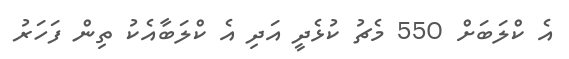
އެ ކްލަބަށް 550 މެޗު ކުޅެދީ އަދި އެ ކްލަބާއެކު ތިން ފަހަރު